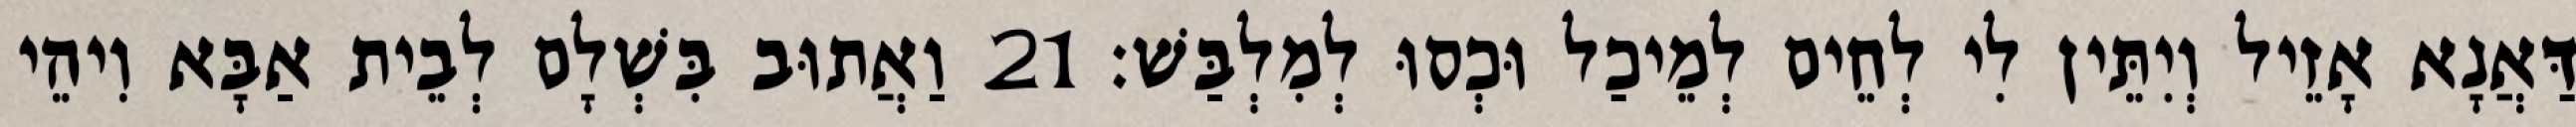
דַּאֲנָא אָזֵיל וְיִתֵּין לִי לְחֵים לְמֵיכַל וּכְסוּ לְמִלְבַּשׁ׃ 21 וַאֲתוּב בִּשְׁלָם לְבֵית אַבָּא וִיהֵי